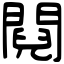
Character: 䦧